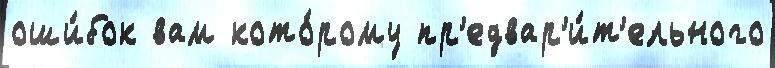
оши́бок вам кото́рому пр'едвар'и́т'ельного